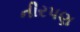
નીરપણ